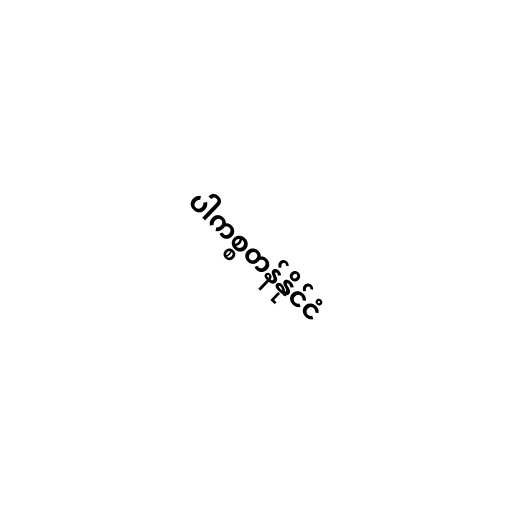
ပါကစ္စတန်နိုင်ငံ